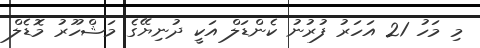
މި މަހު 21 އަހަރު ފުރުނު ކެންޑަލް އަކީ ދުނިޔޭގެ މަޝްހޫރު މޮޑެލް